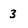
Character: 3